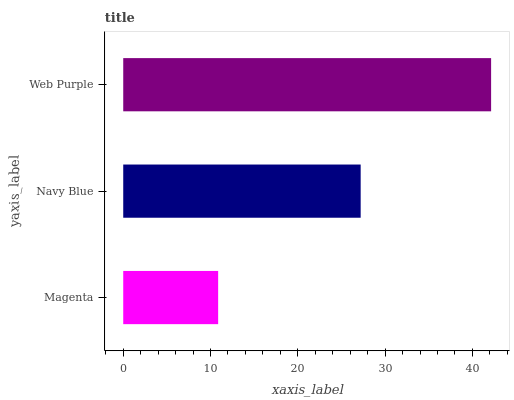
| yaxis_label | bars |
 | --- | --- |
 | Magenta | 10.9 |
 | Navy Blue | 27.2 |
 | Web Purple | 42.1 |